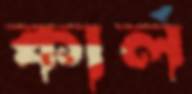
কার্ল